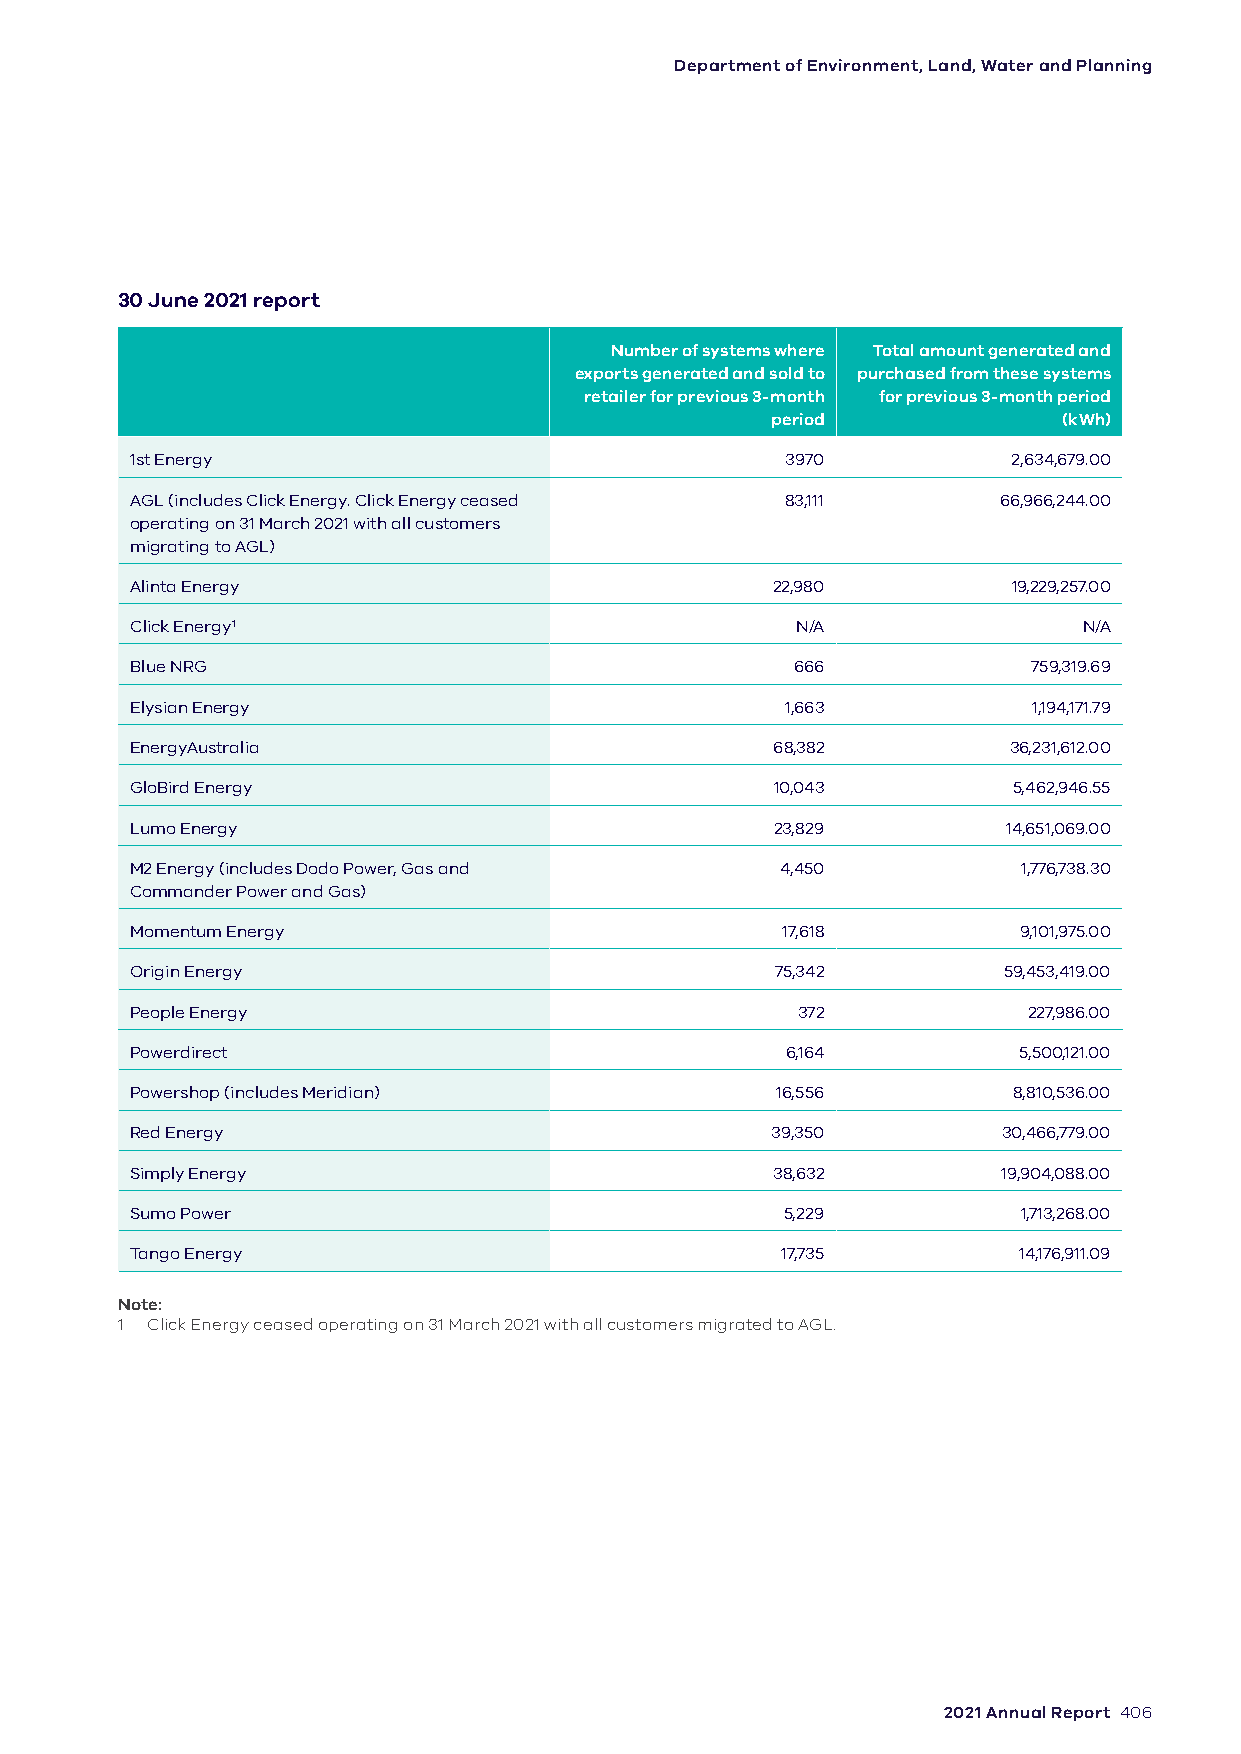
Department of Environment, Land, Water and Planning
 30 June 2021 report
 Number of systems where Total amount generated and
 exports generated and sold to purchased from these systems
 retailer for previous 3-month for previous 3-month period
 period             (kWh)
 1st Energy                                 3970           2,634,679.00
 AGL (includes Click Energy. Click Energy ceased 83,111   66,966,244.00
 operating on 31 March 2021 with all customers
 migrating to AGL)
 Alinta Energy                             22,980          19,229,257.00
 Click Energy1                               N/A                N/A
 Blue NRG                                    666            759,319.69
 Elysian Energy                             1,663           1,194,171.79
 EnergyAustralia                           68,382          36,231,612.00
 GloBird Energy                            10,043          5,462,946.55
 Lumo Energy                               23,829          14,651,069.00
 M2 Energy (includes Dodo Power, Gas and    4,450           1,776,738.30
 Commander Power and Gas)
 Momentum Energy                            17,618         9,101,975.00
 Origin Energy                             75,342         59,453,419.00
 People Energy                               372            227,986.00
 Powerdirect                                6,164          5,500,121.00
 Powershop (includes Meridian)             16,556          8,810,536.00
 Red Energy                                39,350         30,466,779.00
 Simply Energy                             38,632         19,904,088.00
 Sumo Power                                 5,229           1,713,268.00
 Tango Energy                               17,735         14,176,911.09
 Note:
 1 Click Energy ceased operating on 31 March 2021 with all customers migrated to AGL.
 2021 Annual Report 406